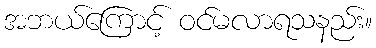
အဘယ်ကြောင့် ဝင်မလာရသနည်း။